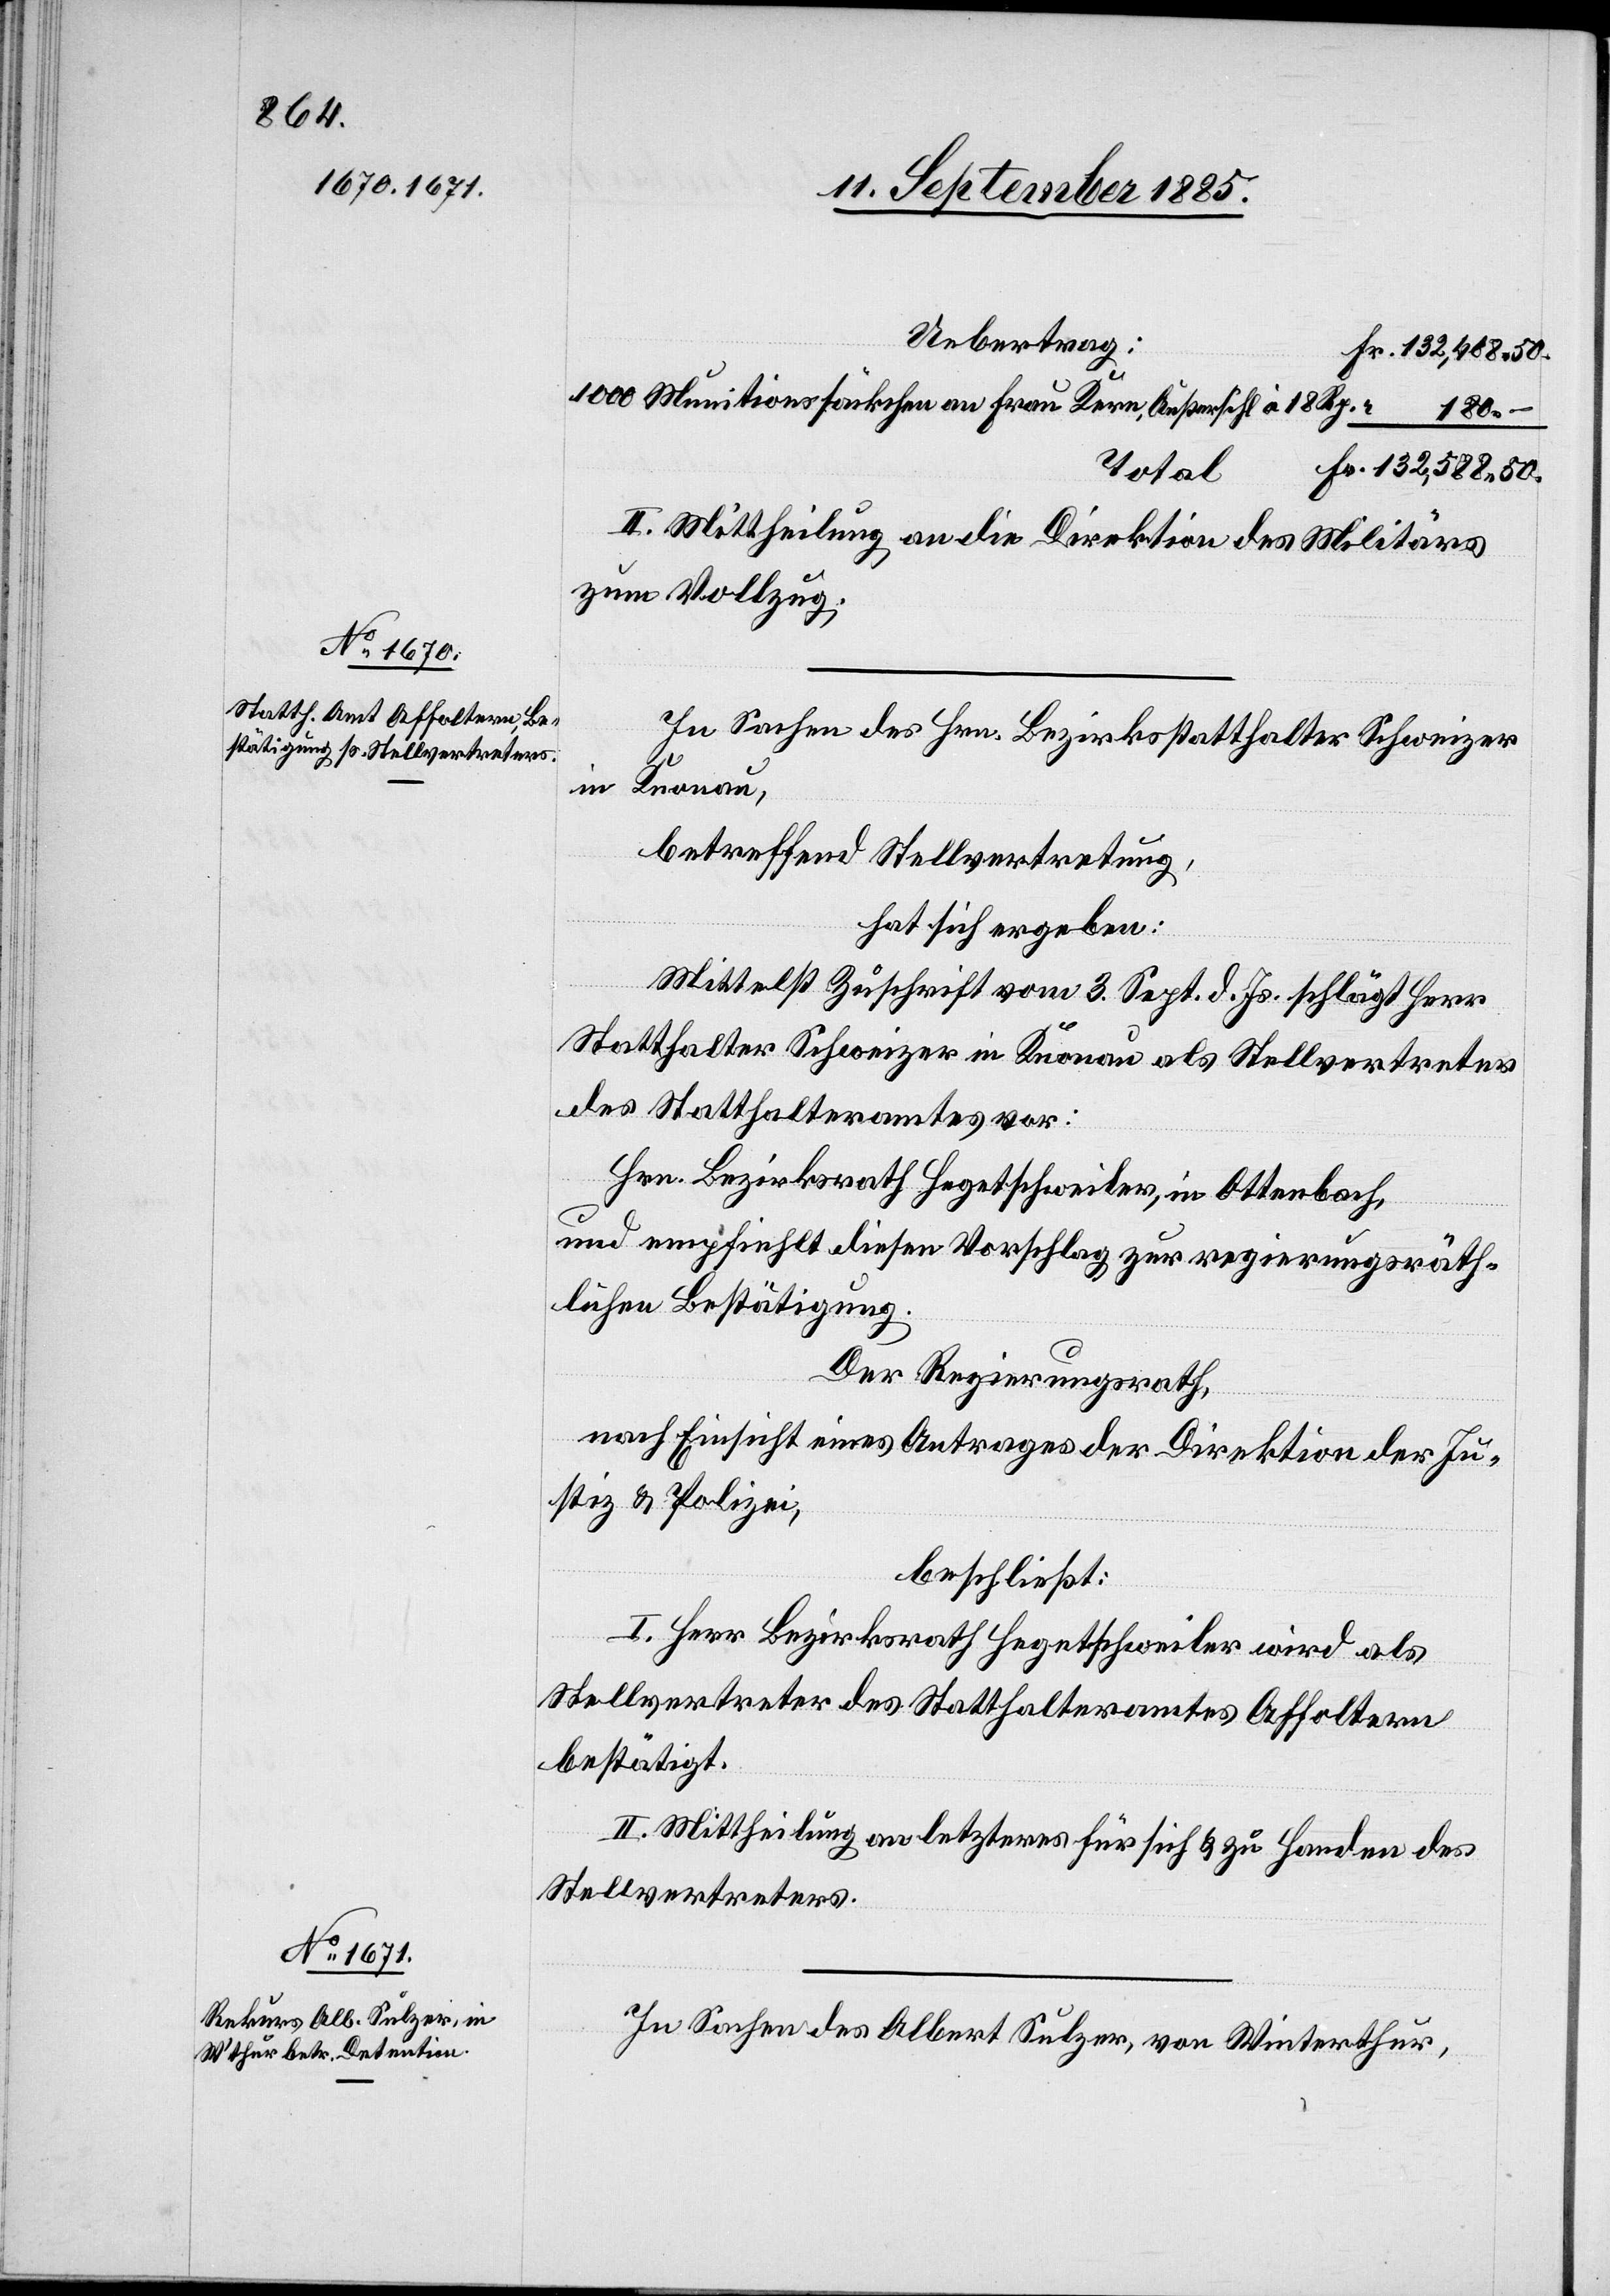
Uebertrag:
Munitionssäckchen an Frau Kern, Außersihl à 18
“
Total
II. Mittheilung an die Direktion des Militärs
zum Vollzug.
In Sachen des Hrn. Bezirksstatthalter Schweizer
in Knonau,
betreffend Stellvertretung,
hat sich ergeben:
Mittelst Zuschrift vom 3. Sept. d. Js. schlägt Herr
Statthalter Schweizer in Knonau als Stellvertreter
des Statthalteramtes vor:
Hrn. Bezirksrath Hegetschweiler, in Ottenbach,
und empfiehlt diesen Vorschlag zur regierungsräth¬
lichen Bestätigung.
Der Regierungsrath,
nach Einsicht eines Antrages der Direktion der Ju¬
stiz & Polizei,
beschließt:
I. Herr Bezirksrath Hegetschweiler wird als
Stellvertreter des Statthalteramtes Affoltern
bestätigt.
II. Mittheilung an letzteres für sich & zu Handen des
Stellvertreters.
Fr.
In Sachen des Albert Sulzer, von Winterthur,